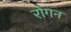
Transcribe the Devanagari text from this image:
रोंगन